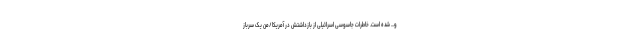
و… شده است. خاطرات جاسوسی اسرائیلی از بازداشتش در آمریکا/من یک سرباز